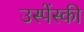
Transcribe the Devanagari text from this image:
उस्पेंस्की